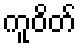
ကူဝိတ်